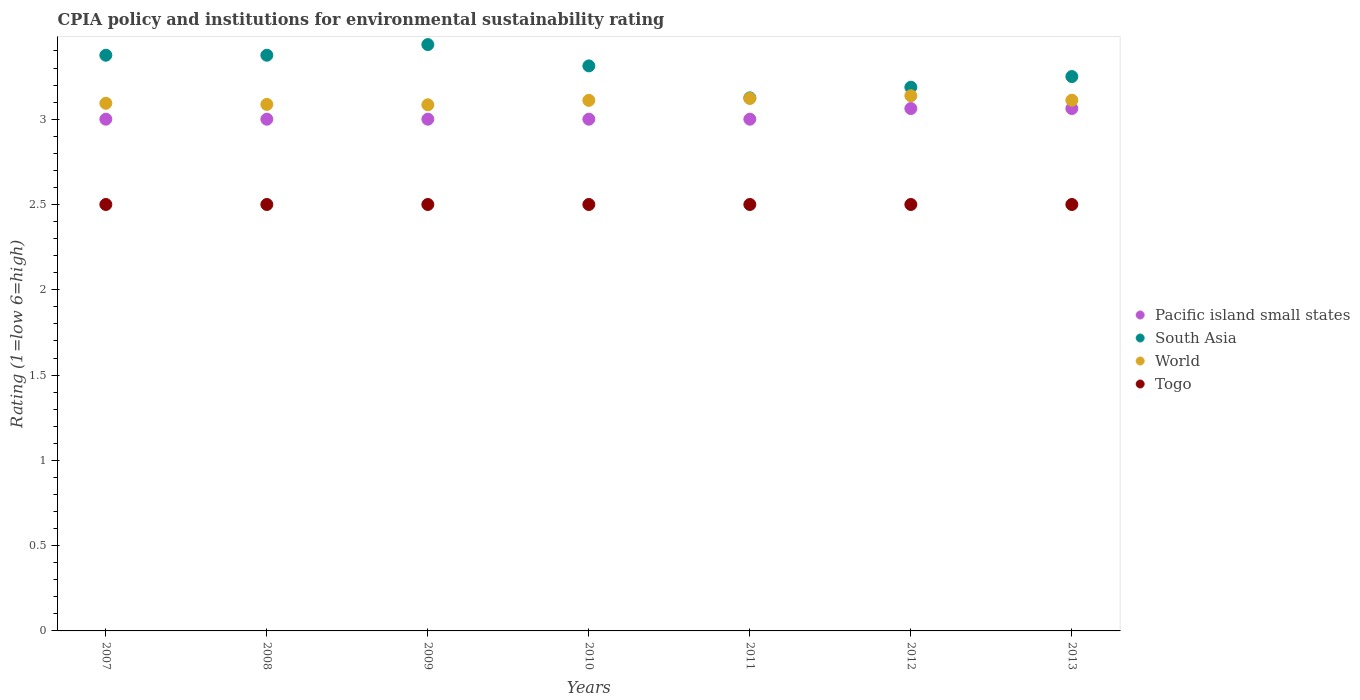
| Years | Pacific island small states | South Asia | World | Togo |
 | --- | --- | --- | --- | --- |
 | 2007 | 3 | 3.38 | 3.09 | 2.5 |
 | 2008 | 3 | 3.38 | 3.09 | 2.5 |
 | 2009 | 3 | 3.44 | 3.08 | 2.5 |
 | 2010 | 3 | 3.31 | 3.11 | 2.5 |
 | 2011 | 3 | 3.12 | 3.12 | 2.5 |
 | 2012 | 3.06 | 3.19 | 3.14 | 2.5 |
 | 2013 | 3.06 | 3.25 | 3.11 | 2.5 |